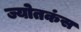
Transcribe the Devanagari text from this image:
ज्योतकंस